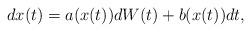
LaTeX: \begin{align*}dx(t)=a(x(t))dW(t)+b(x(t))dt,\end{align*}